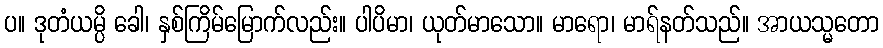
ပ။ ဒုတံယမ္ပိ ခေါ၊ နှစ်ကြိမ်မြောက်လည်း။ ပါပိမာ၊ ယုတ်မာသော။ မာရော၊ မာရ်နတ်သည်။ အာယသ္မတော